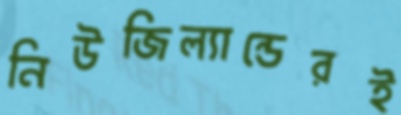
নিউজিল্যান্ডেরই